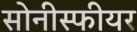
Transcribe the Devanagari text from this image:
सोनीस्फीयर